Burma Government Medical School reports 1923-41
Year: 1923
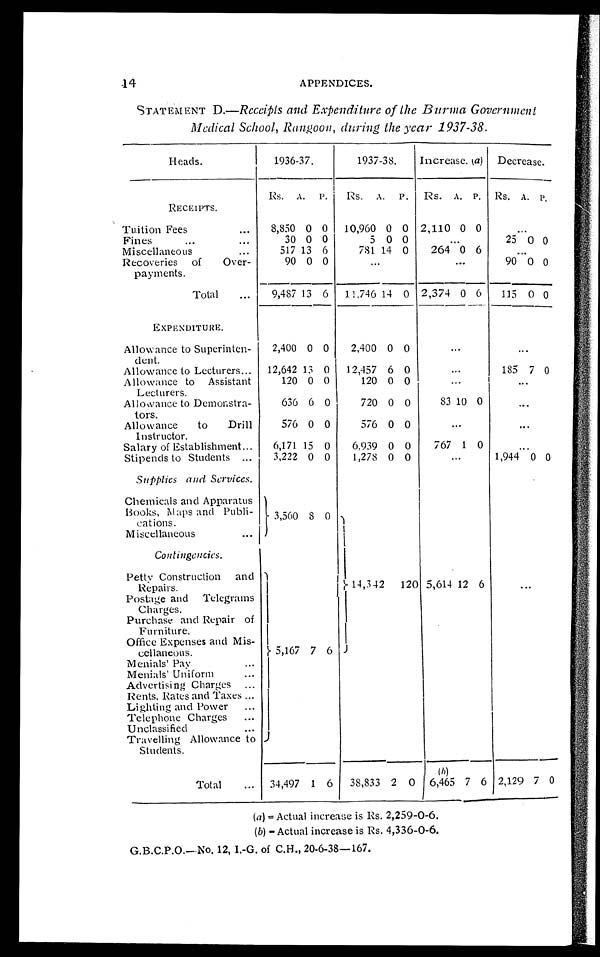
14
APPENDICES.
STATEMENT D.—Receipts and Expenditure of the Burma Government
Medical School, Rangoon, during the year 1937-38.
Heads.
1936-37.
1937-38.
Increase, (a) Decrease.
RECEIPTS.
Rs. A. P. Rs. A. P. Rs. A. P. Rs. A. P .
Tuition Fees
8,850 0 0 10,960 0 0 2,110 0 0
Fines
30 0 0
5 0 0
25 0 0
Miscellaneous
5 1 7 13 6
781 14 0 264 0 6
Recoveries of Over-
payments.
90 0 0
90 0 0
Total
9,487 13 6 11,746 14 0 2,374 0 6 115 0 0
EXPENDITURE.
Allowance to Superinten-
dent.
2,400 0 0 2,400 0 0
Allowance to Lecturers
12,642 13 0 12,457 6 0
185 7 0
Allowance to Assistant
Lecturers.
120 0 0
120 0 0
Allowance to Demonstra-
tors.
636 6 0
720 0 0
83 10 0
Allowance to Drill
Instructor.
576 0 0
576 0 0
Salary of Establishment
6,171 15 0 6,939 0 0
767 1 0
Stipends to Students
3,222 0 0 1,278 0 0
1,944 0 0
Supplies and Services.
Chemicals and Apparatus
Books, Maps and Publi-
cations.
3,560 8 0
14,342
120 5,614 12 6
Miscellaneous
Contingencies.
Petty Construction and
Repairs.
5,167 7 6
Postage and Telegrams
Charges.
Purchase and Repair of
Furniture.
Office Expenses and Mis-
cellaneous.
Menials' Pay
Menials' Uniform
Advertising Charges
Rents, Rates and Taxes
Lighting and Power
Telephone Charges
Unclassified
Travelling Allowance to
Students.
Total
34,497 1 6 38,833 2 0
(b)
6,465 7 6 2,129 7 0
(a)= Actual increase is Rs. 2,259-0-6.
(b)
=A
c t u a l i n c r e a s e i s R s . 4 , 3 3 6 - 0 - 6 .
G.B.C.P.O.—No. 12, I.-G. of C.H., 20-6-38-167.